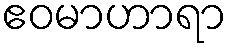
ဧဝမာဟာရာ